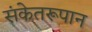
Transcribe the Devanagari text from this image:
संकेतरूपान